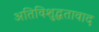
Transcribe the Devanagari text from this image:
अतिविशुद्धतावाद